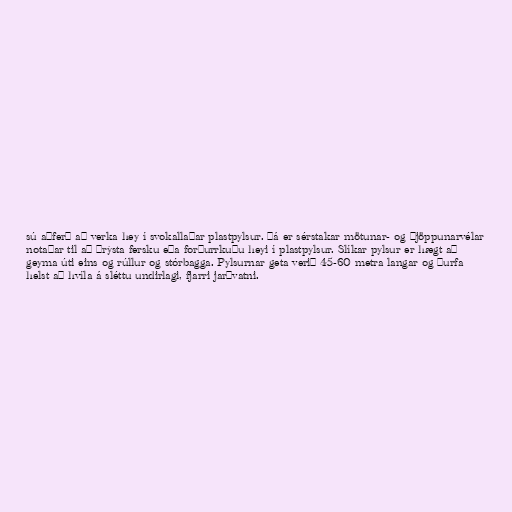
sú aðferð að verka hey í svokallaðar plastpylsur. Þá er sérstakar mötunar- og þjöppunarvélar
notaðar til að þrýsta fersku eða forþurrkuðu heyi í plastpylsur. Slíkar pylsur er hægt að
geyma úti eins og rúllur og stórbagga. Pylsurnar geta verið 45-60 metra langar og þurfa
helst að hvíla á sléttu undirlagi, fjarri jarðvatni.